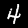
Label: 4